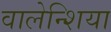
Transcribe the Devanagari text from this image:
वालेन्शिया